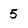
Character: 5